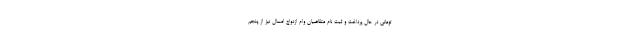
تومانی در حال پرداخت و ثبت نام متقاضیان وام ازدواج امسال نیز از پنجم